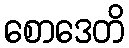
စောဒေတိ